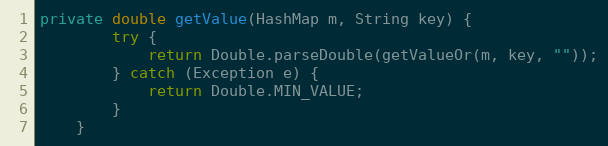
Language: Java
private double getValue(HashMap m, String key) {
        try {
            return Double.parseDouble(getValueOr(m, key, ""));
        } catch (Exception e) {
            return Double.MIN_VALUE;
        }
    }